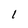
Character: 1